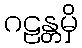
ဂဠန္တမှိ